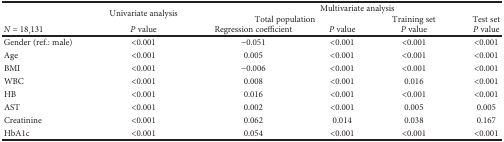
<table><thead><tr><td rowspan="2"></td><td rowspan="2"><b>Univariate analysis</b></td><td colspan="4"><b>Multivariate analysis</b></td></tr><tr><td colspan="2"><b>Total population</b></td><td><b>Training set</b></td><td><b>Test set</b></td></tr><tr><td><b><i>N</i> = 18,131</b></td><td><b><i>P</i> value</b></td><td><b>Regression coefficient</b></td><td><b><i>P</i> value</b></td><td><b><i>P</i> value</b></td><td><b><i>P</i> value</b></td></tr></thead><tbody><tr><td>Gender (ref.: male)</td><td>&lt;0.001</td><td>−0.051</td><td>&lt;0.001</td><td>&lt;0.001</td><td>&lt;0.001</td></tr><tr><td>Age</td><td>&lt;0.001</td><td>0.005</td><td>&lt;0.001</td><td>&lt;0.001</td><td>&lt;0.001</td></tr><tr><td>BMI</td><td>&lt;0.001</td><td>−0.006</td><td>&lt;0.001</td><td>&lt;0.001</td><td>&lt;0.001</td></tr><tr><td>WBC</td><td>&lt;0.001</td><td>0.008</td><td>&lt;0.001</td><td>0.016</td><td>&lt;0.001</td></tr><tr><td>HB</td><td>&lt;0.001</td><td>0.016</td><td>&lt;0.001</td><td>&lt;0.001</td><td>&lt;0.001</td></tr><tr><td>AST</td><td>&lt;0.001</td><td>0.002</td><td>&lt;0.001</td><td>0.005</td><td>0.005</td></tr><tr><td>Creatinine</td><td>&lt;0.001</td><td>0.062</td><td>0.014</td><td>0.038</td><td>0.167</td></tr><tr><td>HbA1c</td><td>&lt;0.001</td><td>0.054</td><td>&lt;0.001</td><td>&lt;0.001</td><td>&lt;0.001</td></tr></tbody></table>